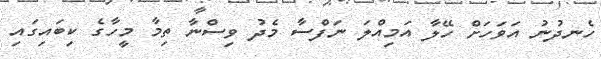
ހެނދުނު އަވަހަށް ހޭލާ އަމިއްލަ ނަފްސާ މެދު ވިސްނާ ތިމާ މީހާގެ ކިބައިގައި